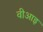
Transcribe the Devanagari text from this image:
वीआइ